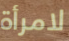
لامرأة